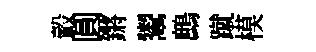
轂圓鏘鬻鷓蹴模